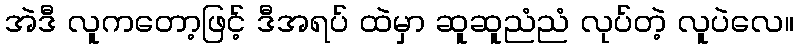
အဲဒီ လူကတော့ဖြင့် ဒီအရပ် ထဲမှာ ဆူဆူညံညံ လုပ်တဲ့ လူပဲလေ။